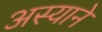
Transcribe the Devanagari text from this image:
अस्याने